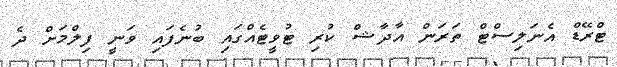
ޓްރޭޑް އެނަލިސްޓް ތަރަން އާދާޝް ކުރި ޓުވީޓެއްގައި ބުނެފައި ވަނީ ފިލްމަށް ދެ